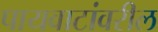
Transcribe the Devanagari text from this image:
पायवाटांवरील